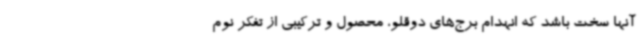
آنها سخت باشد که انهدام برج‌های دوقلو، محصول و ترکیبی از تفکر نوم